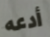
أدعه